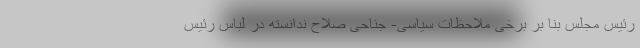
رئیس مجلس بنا بر برخی ملاحظات سیاسی- جناحی صلاح ندانسته در لباس رئیس